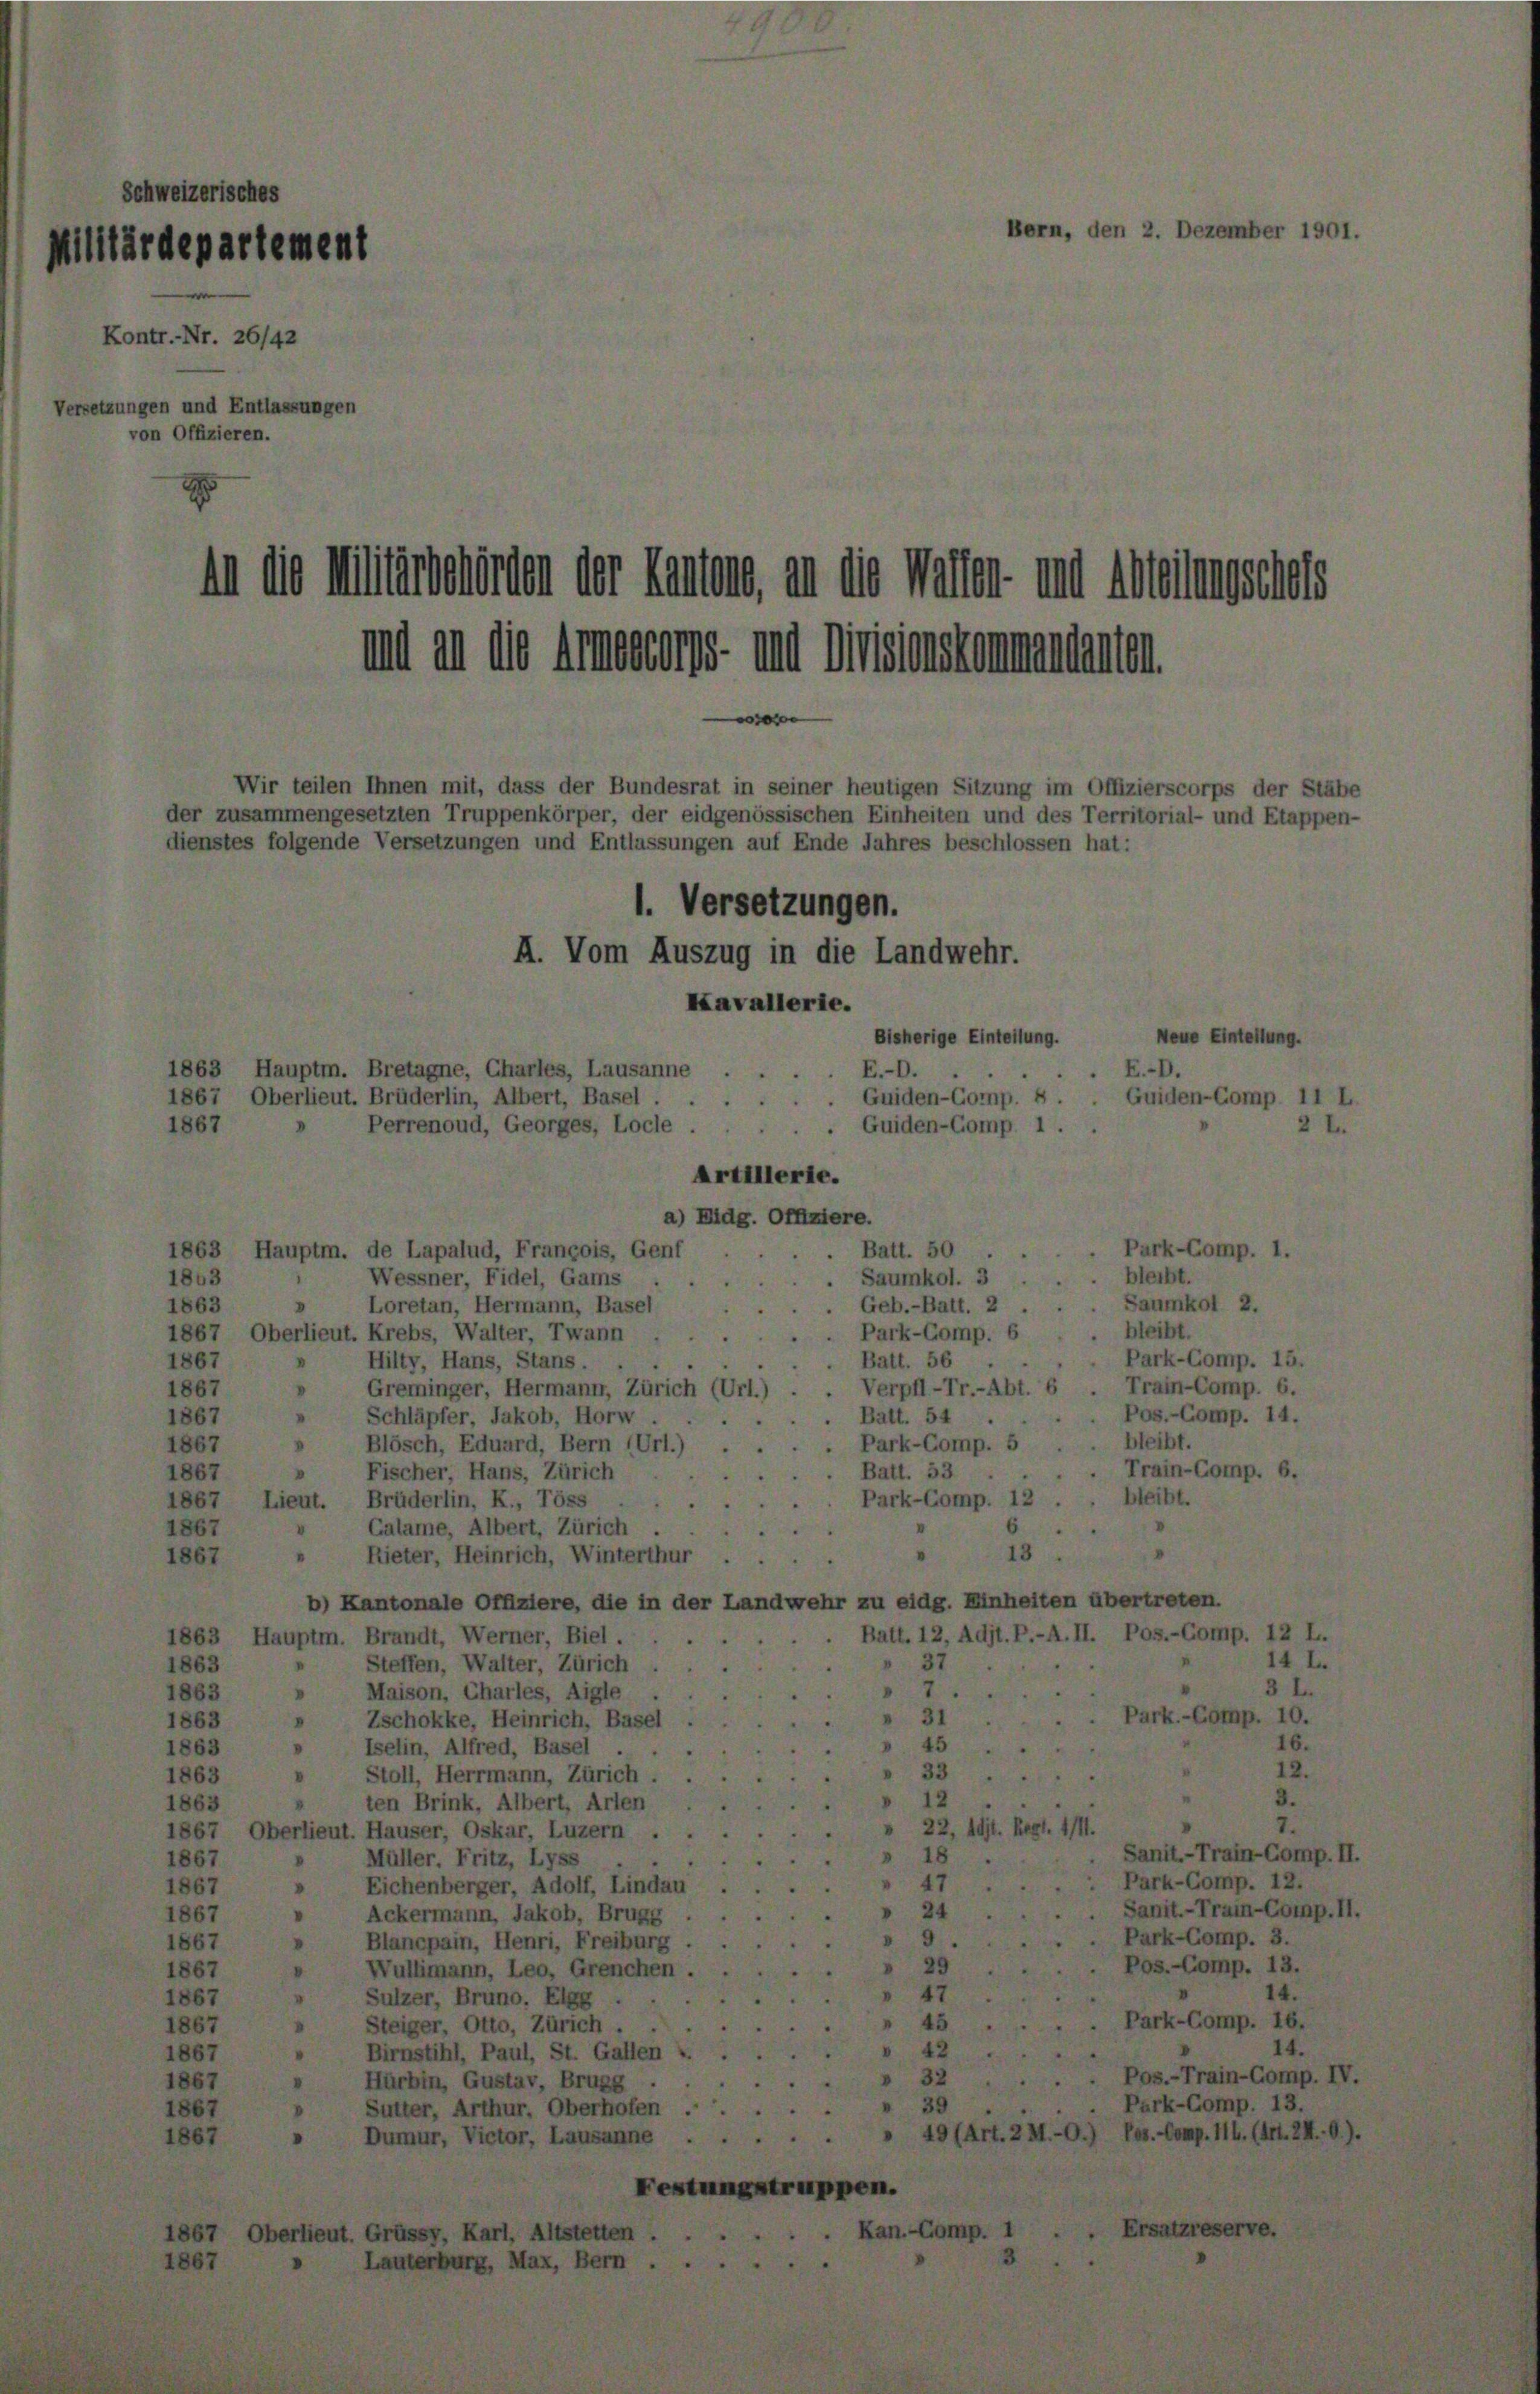
Schweizerisches
Militärdepartement

26/42

n die Militärbehörden der Kantons, an die Mater- und Meinungscholz
mit an die Amnestors und Divisionskammendanten

Wir teilen Ihnen mit, dass der Bundesrat in seiner heutigen Sitzung im C
usammengesetzten Truppenkörper, der eidgenössischen Einheiten und des Te
es folgende Versetzungen und Entlassungen auf Ende Jahres beschloss
l. Versetzungen.
A. Vom Auszug in die Landwehr.

1. de Lapalud, François, Genf
Wessner, Fidel, Gams
Loretan, Hermann, Basel
ut. Krebs, Walter, Twann
Hilty, Hans, Stans.
Greminger, Hermann, Zürich
Schläpfer, Jakob, Horw
Blösch, Eduard, Bern (Url.)
Fischer, Hans, Zürich
Brüderlin, K., Töss
Calame, Albert, Zürich
Rieter, Heinrich, Winterthur
Kantonale Offiziere, die in d.
. Brandt, Werner, Biel.
Steffen, Walter, Zürich
Maison, Charles, Aigle .
Zschokke, Heinrich, Basel
Iselin, Alfred, Basel .
Stoll, Herrmann, Zürich
ten Brink, Albert, Arten
it. Hauser, Oskar, Luzern

Kavallerie.
Bisherige Einteilun
ausanne
E.-D.
sel
Guiden-Comp. E
s
Locle.
Guiden-Comp.

rtillerie.
Eidg. Offizit